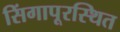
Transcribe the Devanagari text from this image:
सिंगापूरस्थित